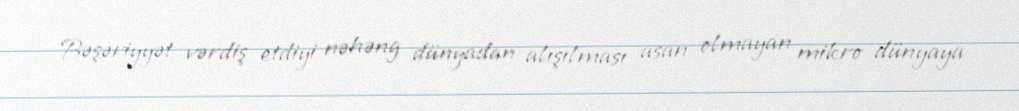
Bəşəriyyət vərdiş etdiyi nəhəng dünyadan alışılması asan olmayan mikro dünyaya